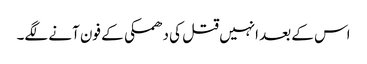
اس کے بعد انہیں قتل کی دھمکی کے فون آنے لگے۔